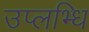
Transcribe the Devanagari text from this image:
उप्लभ्धि